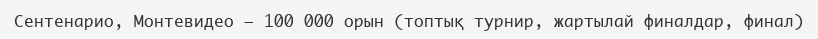
Сентенарио, Монтевидео — 100 000 орын (топтық турнир, жартылай финалдар, финал)